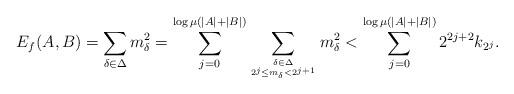
LaTeX: \begin{align*} E_{f}(A,B) = \sum_{\delta\in \Delta}m_{\delta}^2 = \sum_{j=0}^{\log \mu(|A|+|B|) } \sum_{\delta \in \Delta \atop 2^{j} \leq m_\delta < 2^{j+1}}{m_{\delta}^2} < \sum_{j=0}^{\log \mu(|A|+|B|)} 2^{2j+2} k_{2^j}.\end{align*}